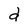
Character: d